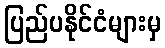
ပြည်ပနိုင်ငံများမှ